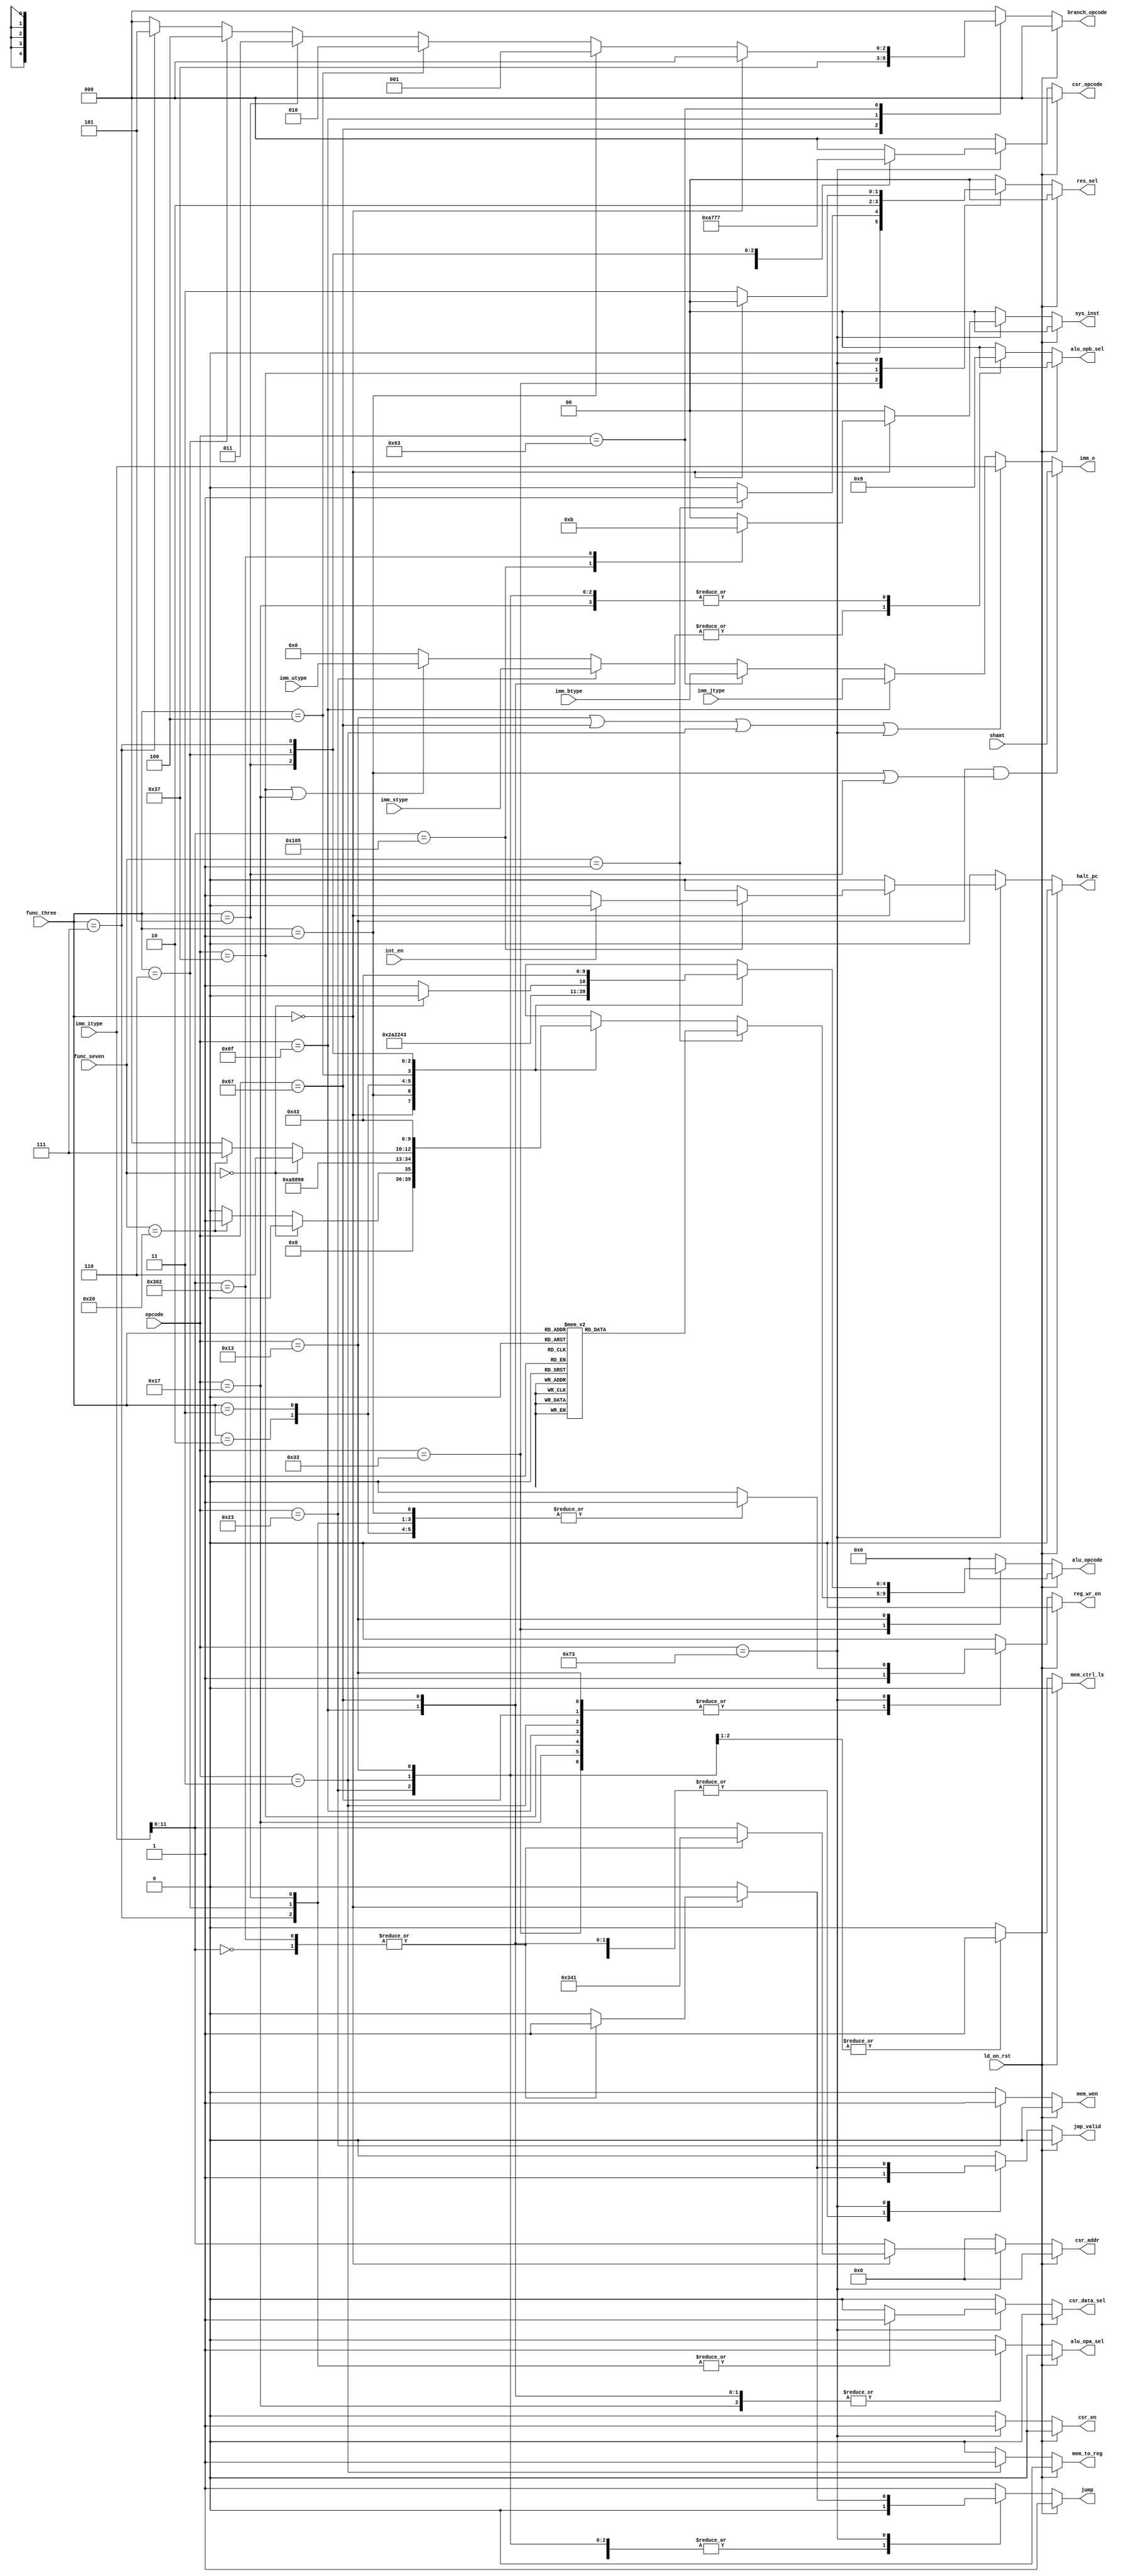
// Company           :   tud                      
//                    			
// Project Name      :   prz    
// Subproject Name   :   main    
// Description       :   main control for all units          
//
// Last Change       :   $Date: 2021-03-11 17:39:50 +0100 (Thu, 11 Mar 2021) $
// by                :   $Author: vepr19 $                  			
//------------------------------------------------------------
`timescale 1ns/10ps

module control (opcode,
		func_three,
		func_seven,
		imm_itype,
		imm_stype,
		imm_utype,
		imm_btype,
		imm_jtype,
		shamt,
		alu_opcode,
		imm_o,
		res_sel,
		reg_wr_en,
		alu_opb_sel,
		alu_opa_sel,
		jump,
		jmp_valid,
		branch_opcode,
		mem_to_reg,
		mem_wen,
		mem_ctrl_ls,
		csr_en,
		csr_opcode,
		csr_data_sel,
		sys_inst,
		halt_pc,
		csr_addr,
		int_en,
		ld_on_rst
		);

	input [2:0] 			func_three;
	input [6:0]			func_seven;
	input [6:0]			opcode;
		
	input [31:0]			imm_itype;			//I-Type
	input [31:0]			imm_stype;			//S-type
	input [31:0]			imm_utype; 			//U-Type
	input [31:0]			imm_btype; 			//B-type
	input [31:0]			imm_jtype;			//J-type
	input [31:0]			shamt;				//Shift amount
	input 				int_en;
	input				ld_on_rst;

	//Additional wires for control
	output 	reg [4:0]		alu_opcode; 			// ALU control
	output 	reg [2:0]		branch_opcode; 			
	output [31:0]			imm_o;  			//select immediate based on opcode and instruction type
	output reg [1:0]		res_sel;  			//to select between ALU and ALU_MULDIV outputs and immediate values
	output reg 			reg_wr_en; 			//to enable the reg file for writing the result.
	output reg [1:0]		alu_opb_sel; 			// 00=regfile data,01=immediate, 10= 32'd4 ,11=xx
	output reg 			alu_opa_sel; 			//to decide PC or regfile data for alu
	output reg 			jump; 
	output reg 			jmp_valid;                          //to decide on jump 
	output reg 			mem_to_reg;                     // result from ALU or DMEM to write to regfile (mux select line)
	output reg 			mem_wen;                        // DMEM(sram/ pram in our case for store instructions)
	output reg                      mem_ctrl_ls;
	
	//CSR control 
	output reg [2:0]		csr_opcode;			//ECALL and CSSRW,CSSRS,CSSRC,CSSRWI..
	output reg 			csr_data_sel;			// to select between data from register file or immidiate
	output reg 			csr_en;	
	output reg [1:0]		sys_inst;			// to activate CSR
	output reg			halt_pc;
	output reg [11:0]		csr_addr;
	//for wfi inst


	parameter [6:0]	R_TYPE        = 7'b0110011,
                	I_TYPE        = 7'b0010011,
               	 	STORE         = 7'b0100011,
                	LOAD          = 7'b0000011,
                	BRANCH_TYPE   = 7'b1100011,
                	JALR          = 7'b1100111,
                	JAL           = 7'b1101111,
                	AUIPC         = 7'b0010111,
                	LUI           = 7'b0110111,
			SYSTEM_OP     = 7'b1110011;

	localparam ECALL = 2'b00, WFI = 2'b10, MRET = 2'b11;

	//Immediate value selected based on inst type
	assign imm_o =  ((opcode == I_TYPE) && ( (func_three == 3'b001) || (func_three == 3'b101) ) ) ? shamt:  		//SLLI or SRLI or SRAI
		 	((opcode == I_TYPE) || (opcode == JALR) || (opcode == LOAD) || (opcode == SYSTEM_OP ))? imm_itype:  	//other I-type inst , JALR inst,LOAD inst, FENCE inst, CSR priv
		 	(opcode == JAL)? imm_jtype:         									//J-type , JAL inst only           
		 	(opcode == BRANCH_TYPE)? imm_btype:      								//B-Type inst
		 	(opcode == STORE)? imm_stype:       									//S-Type inst
		 	( (opcode == LUI) || (opcode == AUIPC) )? imm_utype:  							//Auipc and LUI inst
		 	32'd0;  


	//signal calculations for most wires 
  	always @( * ) begin 
		reg_wr_en      = 1'b0;
		res_sel        = 2'b00; 				
		alu_opb_sel    = 2'b00; 				
		alu_opa_sel    = 1'b0;
		alu_opcode     = 5'b00000;
		branch_opcode  = 3'b000;
		mem_to_reg     = 1'b0; 
		mem_wen	       = 1'b0;
		mem_ctrl_ls    = 1'b0;
		csr_addr       = 12'h0;
		csr_data_sel   = 1'b0;
		csr_en         = 1'b0;
		csr_opcode     = 3'd0;
		sys_inst       = 2'd0;	
		halt_pc        = 1'b0;	


		if(ld_on_rst) begin

			reg_wr_en      = 1'b0;
			res_sel        = 2'b00; 				
			alu_opb_sel    = 2'b00; 				
			alu_opa_sel    = 1'b0;
			alu_opcode     = 5'b00000;
			branch_opcode  = 3'b000;
			mem_to_reg     = 1'b0; 
			mem_wen	       = 1'b0;
			mem_ctrl_ls    = 1'b0;
			csr_addr       = 12'h0;
			csr_data_sel   = 1'b0;
			csr_en         = 1'b0;
			csr_opcode     = 3'd0;
			sys_inst       = 2'd0;	
			halt_pc        = 1'b0;	
			jump       = 1'b1;
			jmp_valid  = 1'b0;

		end
		else   begin

		
	    		case (opcode) 
		   		R_TYPE: begin
				  	jump        = 1'b0;
					jmp_valid   = 1'b0;
					reg_wr_en   = 1'b1;				
					if (func_seven == 7'b0000001) begin
						res_sel=2'b01;
						case(func_three)
							3'b000:alu_opcode = 5'b01001; //mul
							3'b001:alu_opcode = 5'b01010; //mulh
							3'b010:alu_opcode = 5'b01100; //mulhsu
							3'b011:alu_opcode = 5'b01011; //mulhu
							3'b100:alu_opcode = 5'b01101; //div
							3'b101:alu_opcode = 5'b01110; //divu
							3'b110:alu_opcode = 5'b01111; //rem
							3'b111:alu_opcode = 5'b10000; //remu
						endcase
					end
					else begin
				 		res_sel=2'b00;
						case(func_three)
							3'b000:begin
						 	 	if (func_seven == 7'b0000000) begin 
							   			alu_opcode = 5'b00000; 		//add
									end 
								else if (func_seven == 7'b0100000)begin 
							   			alu_opcode = 5'b00001; 		//sub
							 		end 
								end
							3'b001:	alu_opcode = 5'b00101;		//LSL
							3'b010:	alu_opcode = 5'b01000;		//SLT
							3'b011:	alu_opcode = 5'b10001;		//SLTU	
							3'b100:	alu_opcode = 5'b00100;		//XOR	
							3'b101:begin
						 	 	if (func_seven == 7'b0000000) begin 
							   		alu_opcode = 5'b00110; 		//SRL
							 		end 
								else if (func_seven == 7'b0100000)begin 
							  		 alu_opcode = 5'b00111; 	//SRA
								 	end 
								end
							3'b110:	alu_opcode = 5'b00010;			//OR
							3'b111:	alu_opcode = 5'b00011;			//AND
						endcase
					end
				end
		   		I_TYPE: begin 
					 jump        = 1'b0;
					 jmp_valid   = 1'b0;
					 reg_wr_en   = 1'b1;
					 alu_opb_sel = 2'b01; 					//to select immediate data
					case(func_three)
						3'b000:	alu_opcode = 5'b00000; 			//add
						3'b001:	alu_opcode = 5'b00101;			//LSL
						3'b010:	alu_opcode = 5'b01000;			//SLT
						3'b011:	alu_opcode = 5'b10001;			//SLTU
						3'b100:	alu_opcode = 5'b00100;			//XOR
					
						3'b101:begin
						 	 if (func_seven == 7'b0000000) begin 
							   alu_opcode = 5'b00110; 		//SRL
							 end else begin 
							   alu_opcode = 5'b00111; 		//SRA
							 end 
						end
						3'b110:alu_opcode = 5'b00010;			//OR
						3'b111:alu_opcode = 5'b00011;			//AND
					endcase
				end

				JALR:begin 
				 	//Additional control signals 
					 reg_wr_en    = 1'b1;
					 alu_opb_sel  = 2'b10; 					//to select constant data(32'd4)
					 alu_opa_sel  = 1'b1; 					//to select PC value
					 jump         = 1'b1;
					 jmp_valid    = 1'b1;
					 branch_opcode = 3'b110; 				//For pc address offset	 
				end

				JAL:begin 
					 reg_wr_en   = 1'b1;				
					 alu_opb_sel = 2'b10; 					//to select constant data(32'd4)
					 alu_opa_sel = 1'b1; 					//to select PC value
					 jump        = 1'b1;
					 jmp_valid    = 1'b1;
					 branch_opcode = 3'b111; 				//For pc address offset	 
				end
			
				BRANCH_TYPE:begin //Branch  		
					 jump 	      = 1'b1;
					 jmp_valid    = 1'b1;
					 if (func_three == 3'b000) begin 
					    	branch_opcode = 3'b000; 			//beq
					 end 
					 else if (func_three == 3'b001) begin 
					    	branch_opcode = 3'b001; 			//bne
					 end 
					 else if (func_three == 3'b100) begin 
					
						branch_opcode = 3'b010; 			//blt
					 end 
					 else if (func_three == 3'b101) begin
					
						branch_opcode = 3'b011; 			//bge
					 end 	
					 else if (func_three == 3'b110) begin 
					
						branch_opcode = 3'b100; 			//bltu
					 end 
					 else if (func_three == 3'b111) begin 
						branch_opcode = 3'b101; 			//bgeu
					 end 
				end
		
	      			LOAD: begin //Load 
					 reg_wr_en   = 1'b1;				
					 alu_opb_sel = 2'b01; 				
					 mem_to_reg  = 1'b1;
					 mem_ctrl_ls = 1'b1;
					 jump        = 1'b0;
					 jmp_valid   = 1'b0;
					 
				end 
			      	STORE: begin 				
					 alu_opb_sel = 2'b01; 				
					 mem_wen     = 1'b1; 
					 mem_ctrl_ls = 1'b1;
					 jump        = 1'b0;
					 jmp_valid   = 1'b0;
				     end 
				LUI: begin //LUI 
					 reg_wr_en   = 1'b1;
					 res_sel     = 2'b10;
					 jump        = 1'b0; 
					 jmp_valid   = 1'b0;				
				end
				 
				AUIPC: begin //AUIPC 
					 reg_wr_en   = 1'b1;
					 alu_opb_sel = 2'b01; 				//to select immediate data
					 alu_opa_sel = 1'b1;
					 jump        = 1'b0;	
					 jmp_valid   = 1'b0;			 	//select pc
				end
				SYSTEM_OP: begin
					csr_en      = 1'b1;
					res_sel     = 2'b11;
					jump        = 1'b0;
					jmp_valid   = 1'b0;
					csr_addr    = imm_itype[11:0];
					case(func_three)
						3'b000: begin 
								csr_opcode   =  3'd0; 	//ECALL or EBreak
								res_sel      =  2'b00;
								case(imm_itype[11:0])
									12'h0:	begin 
									   	   sys_inst     =	ECALL;	
										   jump         =       1'b1; 
										   jmp_valid    =       1'b1;
										   csr_addr     =     12'h341;
										end
									12'h105	:begin    
										   sys_inst     = WFI;
										   halt_pc      = 1'b1;	
										   if(int_en)
											halt_pc = 1'b0;
										end
									12'h302	:begin    
										   sys_inst   =	MRET;	
										   jump       = 1'b1; 
										   jmp_valid  = 1'b1;
										   csr_addr   = 12'h341;
										end
								endcase
							end
						3'b001:begin 
								csr_opcode  = 3'd1;
								csr_data_sel= 1'b0;
								reg_wr_en   = 1'b1; 	     	//CSRRW	
							end
						3'b010:	begin 
								csr_opcode  = 3'd2;	     	//CSRRS		
								csr_data_sel= 1'b0;
								reg_wr_en   = 1'b1;
							end
						3'b011:	begin 
								csr_opcode  = 3'd3;	     		
								csr_data_sel= 1'b0;		//CSRRC
								reg_wr_en   = 1'b1;
							end 	    	
						3'b101:	begin 
								csr_opcode  = 3'd5;	     		
								csr_data_sel= 1'b1;		//CSRRWI
								reg_wr_en   = 1'b1;
							end						
						3'b110:	begin 
								csr_opcode  = 3'd6;	     		
								csr_data_sel= 1'b1;		//CSRRSI
								reg_wr_en   = 1'b1;
							end					
						3'b111: begin 
								csr_opcode  = 3'd7;	     	//CSRRCI	
								csr_data_sel= 1'b1;
								reg_wr_en   = 1'b1;
							end					
					endcase
				end
				default: begin
					jump       = 1'b1;
					jmp_valid  = 1'b0;
				end
			
		endcase
	end
end

endmodule